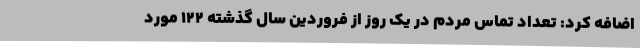
اضافه کرد: تعداد تماس مردم در یک روز از فروردین سال گذشته 122 مورد